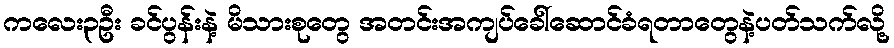
ကလေး၃ဦး ခင်ပွန်းနဲ့ မိသားစုတွေ အတင်းအကျပ်ခေါ်ဆောင်ခံရတာတွေနဲ့ပတ်သက်လို့